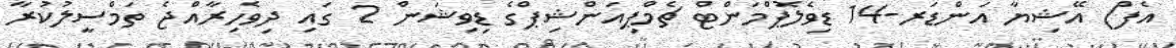
އެފް) އޭޝިޔާ އަންޑަރ-14 ޑިވެލޮޕްމަންޓް ޗެމްޕިއަންޝިޕްގެ ޑިވިޝަން 2 ގައި ދިވެހިރާއްޖެ ތަމްސީލުކުރާ